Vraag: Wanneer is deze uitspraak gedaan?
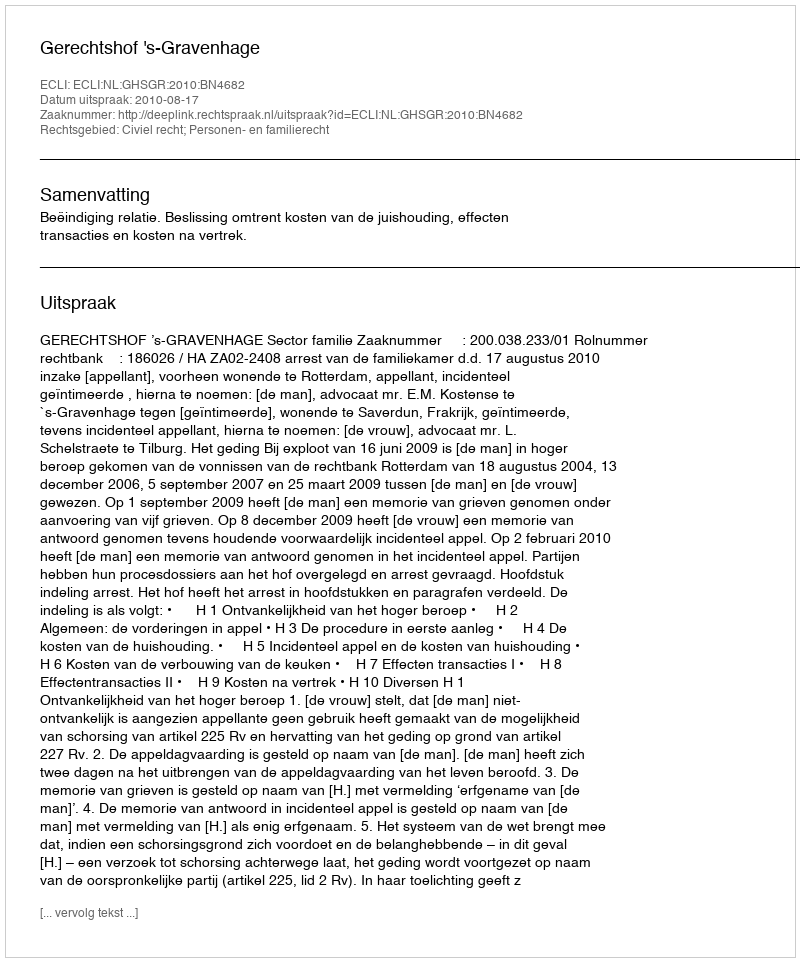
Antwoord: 2010-08-17